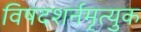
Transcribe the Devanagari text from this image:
विषदशर्नमृत्युक